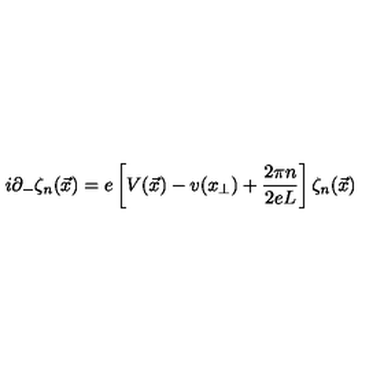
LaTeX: i \partial _ { - } \zeta _ { n } ( \vec { x } ) = e \left[ V ( \vec { x } ) - v ( x _ { \perp } ) + \frac { 2 \pi n } { 2 e L } \right] \zeta _ { n } ( \vec { x } )